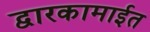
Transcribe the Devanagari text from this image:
द्वारकामाईत